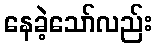
နေခဲ့သော်လည်း